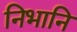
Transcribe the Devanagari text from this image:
निभानि